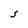
Character: S